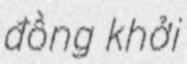
đồng khởi